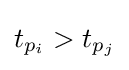
t_{p_{i}}>t_{p_{j}}